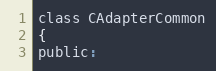
Language: C
class CAdapterCommon
{
public: